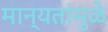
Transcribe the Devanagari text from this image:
मान्यतांमुळे